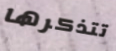
تتذكرها